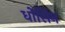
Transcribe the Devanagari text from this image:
धोसिन